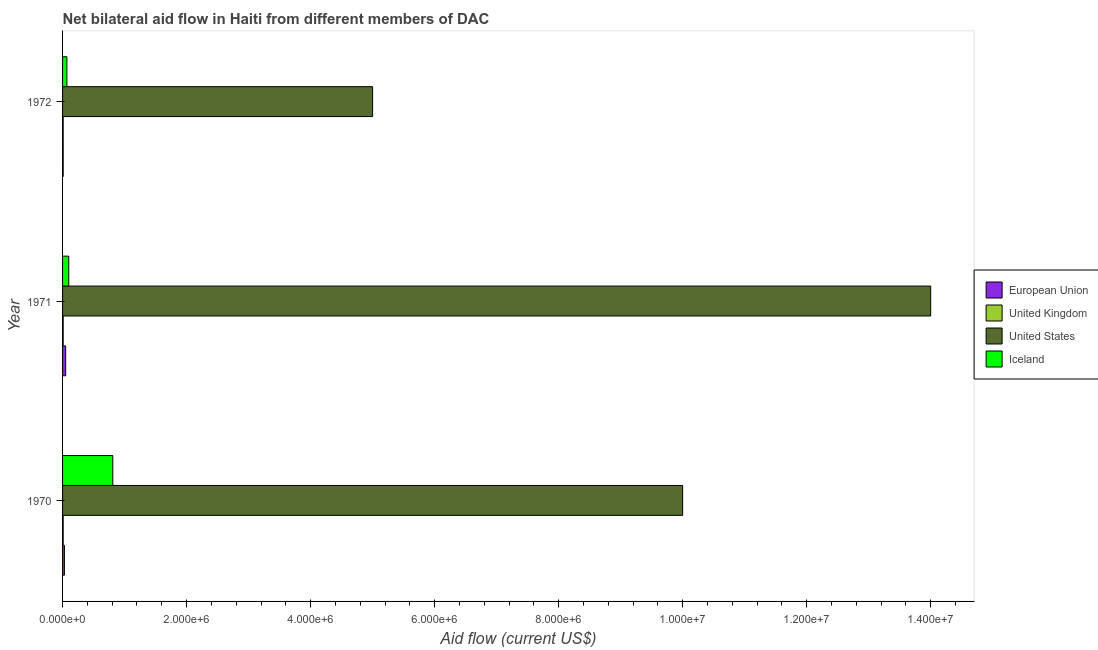
| Year | European Union | United Kingdom | United States | Iceland |
 | --- | --- | --- | --- | --- |
 | 1970 | 3e+04 | 1e+04 | 1e+07 | 8.1e+05 |
 | 1971 | 5e+04 | 1e+04 | 1.4e+07 | 1e+05 |
 | 1972 | 1e+04 | 1e+04 | 5e+06 | 7e+04 |